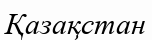
Қазақстан